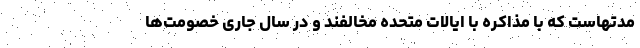
مدتهاست که با مذاکره با ایالات متحده مخالفند و در سال جاری خصومت‌ها